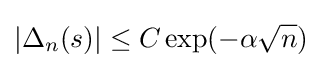
|\Delta _{n}(s)|\leq C\exp(-\alpha {\sqrt {n}})~